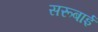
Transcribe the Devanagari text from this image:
सरूबाई